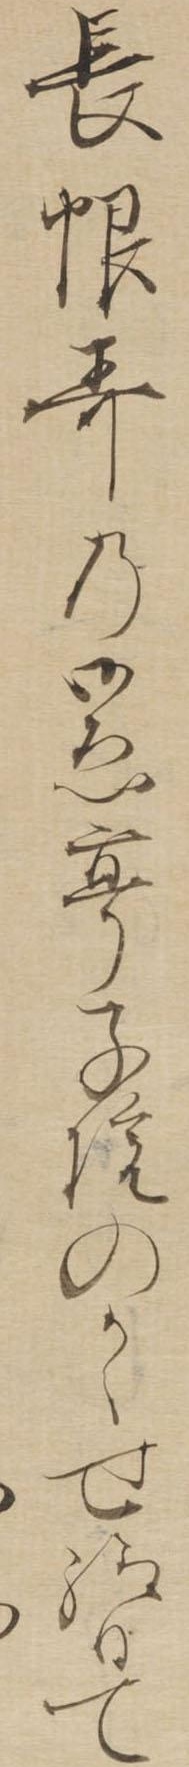
長恨歌の御ゑ亭子院のかゝせ給ひて